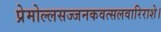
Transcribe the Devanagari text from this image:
प्रेमोल्लसज्जनकवत्सलवारिराशे।